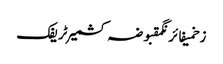
زخمیفائرنگمقبوضہ کشمیرٹریفک